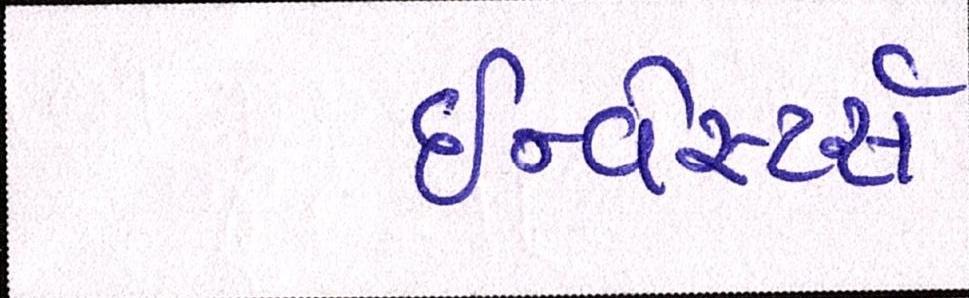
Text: ઇન્વેસ્ટર્સ